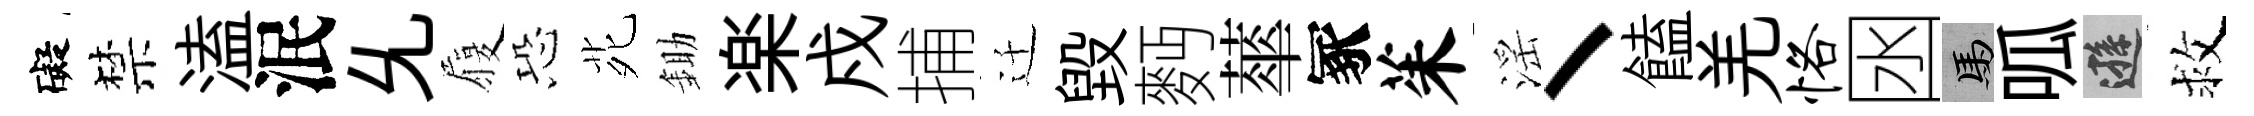
礙禁溘泯𠃔履恐𫟍鋤楽戍捕迁毁麪蕐冢茱滛丶饁羌恪囦馬呱遜救